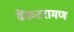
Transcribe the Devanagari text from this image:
वेंकटरामण